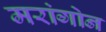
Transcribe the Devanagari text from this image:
मरांगोन